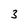
Character: 3